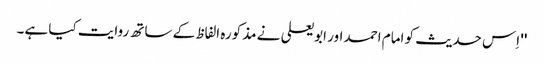
'' اِس حدیث کو امام احمد اور ابو یعلی نے مذکورہ الفاظ کے ساتھ روایت کیا ہے۔